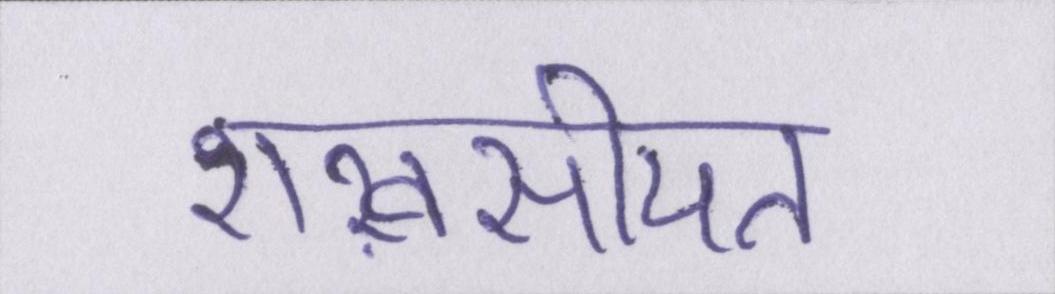
शख़सीयत